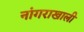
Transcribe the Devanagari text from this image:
नांगराखाली